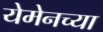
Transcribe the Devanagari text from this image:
येमेनच्या